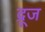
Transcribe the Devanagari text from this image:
द्रूज